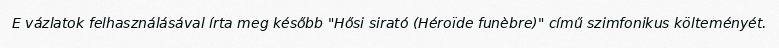
E vázlatok felhasználásával írta meg később "Hősi sirató (Héroïde funèbre)" című szimfonikus költeményét.